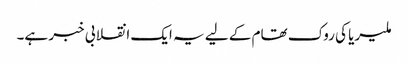
ملیریا کی روک تھام کے لیے یہ ایک انقلابی خبر ہے۔